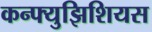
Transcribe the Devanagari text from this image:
कन्फ्युझिशियस